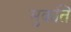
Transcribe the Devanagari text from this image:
मुकति